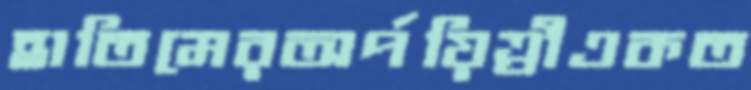
হাতিমেরঅর্পয়িত্রীএকত